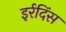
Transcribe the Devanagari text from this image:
इर्रदिंस